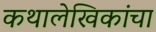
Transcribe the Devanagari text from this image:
कथालेखिकांचा